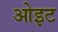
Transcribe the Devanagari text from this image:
ओइट